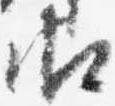
御